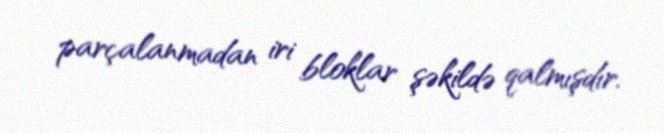
parçalanmadan iri bloklar şəkildə qalmışdır.